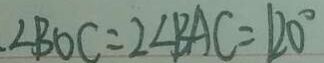
\angle B O C = 2 \angle B A C = 1 2 0 ^ { \circ }